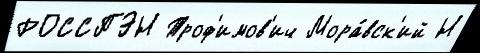
РОССПЭН Троф'имов'ич Мора́вск'ий Н